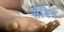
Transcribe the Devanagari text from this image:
सैबिन